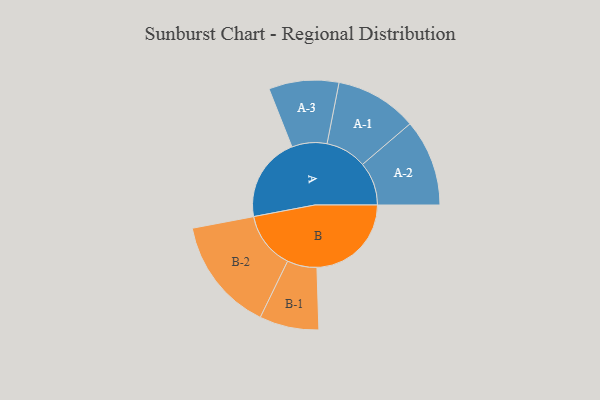
{"axis": {"x": "Segment", "y": "Value"}, "legend": ["", "A", "B"], "data": [{"x": "A", "y": 365, "type": ""}, {"x": "B", "y": 407, "type": ""}, {"x": "A-1", "y": 177, "type": "A"}, {"x": "A-2", "y": 187, "type": "A"}, {"x": "A-3", "y": 151, "type": "A"}, {"x": "B-1", "y": 128, "type": "B"}, {"x": "B-2", "y": 246, "type": "B"}]}